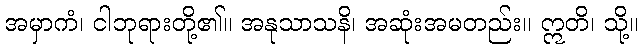
အမှာကံ၊ ငါဘုရားတို့၏။ အနုသာသနိ၊ အဆုံးအမတည်း။ ဣတိ၊ သို့။